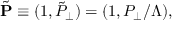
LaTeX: \tilde { \bf P } \equiv ( 1 , \tilde { P } _ { \perp } ) = ( 1 , P _ { \perp } / \Lambda ) ,